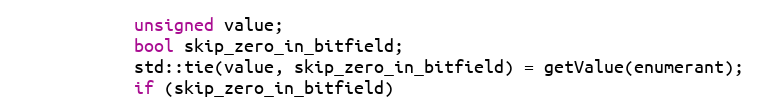
Language: C++
            unsigned value;
            bool skip_zero_in_bitfield;
            std::tie(value, skip_zero_in_bitfield) = getValue(enumerant);
            if (skip_zero_in_bitfield)